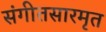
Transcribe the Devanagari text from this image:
संगीतसारमृत